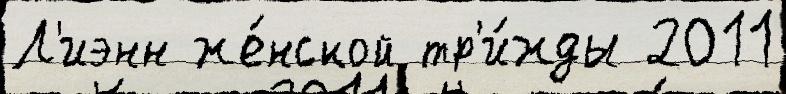
Л'иэнн же́нской тр'и́жды 2011